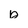
Character: b